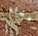
بعشاء